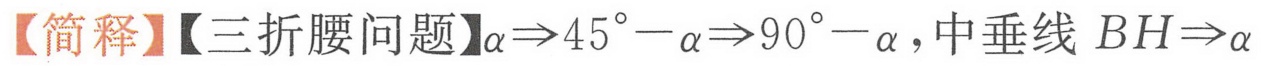
【简释】【三折腰问题】$\alpha\Rightarrow45^{\circ}-\alpha\Rightarrow90^{\circ}-\alpha$，中垂线$BH\Rightarrow\alpha$